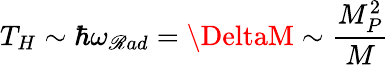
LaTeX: T_{H}\sim\hbar\omega_{\mathscr{R}ad}=\DeltaM\sim\frac{{M_{P}^{2}}}{{M}}